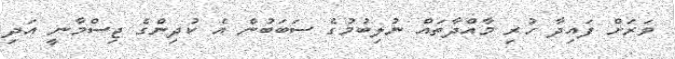
ވަރަށް ފައިދާ ހުރި މާއްދާތައް ނުލިބުމުގެ ސަބަބުން އެ ކުދިންގެ ޖިސްމާނީ އަދި